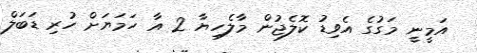
އަމީނީ މަގުގެ އެވިޑު ކޮލެޖުން މާލެހިޔާ 2 އާ ހަމަޔަށް ހުރި ޑަބަލް